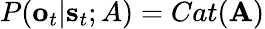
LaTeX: P(\textbf{o}_{t}|\textbf{s}_{t};A)=Cat(\mathbf{A})